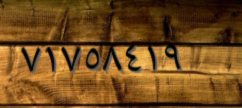
٧١٧٥٨٤١٩